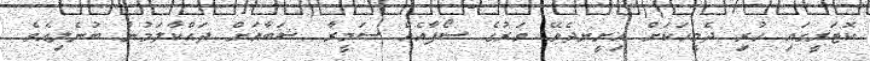
ކޮޓަރީގައި ހުރި ދެމީހަކަށް އިށީނދެވޭ ވަރުގެ ސޯފާއެއް ސަމީރާ ޝަބާއަށް ދައްކާލަމުން ބުނެލިއެވެ.